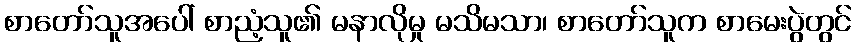
စာတော်သူအပေါ် စာညံ့သူ၏ မနာလိုမှု မသိမသာ၊ စာတော်သူက စာမေးပွဲတွင်